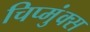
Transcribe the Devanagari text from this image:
चिप्मुंक्स